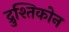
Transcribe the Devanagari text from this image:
द्रुश्तिकोन